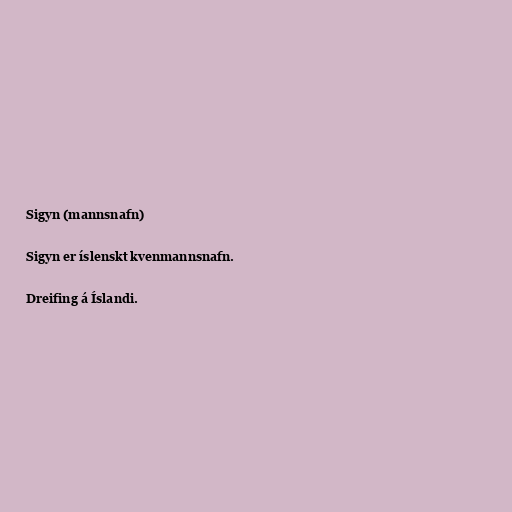
Sigyn (mannsnafn)

Sigyn er íslenskt kvenmannsnafn.

Dreifing á Íslandi.